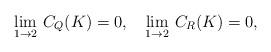
LaTeX: \begin{align*} \lim_{1\to 2}\,C_Q(K)=0,\quad\lim_{1\to 2}\,C_R(K)=0, \end{align*}